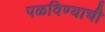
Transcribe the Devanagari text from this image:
पळविण्याची